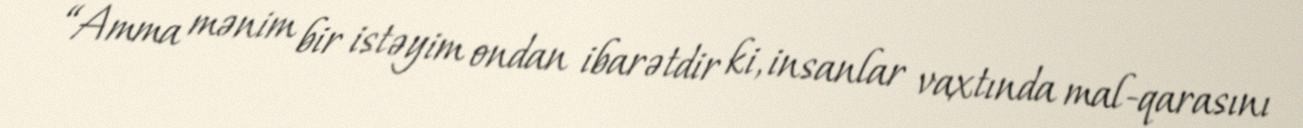
“Amma mənim bir istəyim ondan ibarətdir ki, insanlar vaxtında mal-qarasını